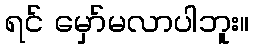
ရင် မှော်မလာပါဘူး။